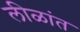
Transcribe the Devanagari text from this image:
लीळांत